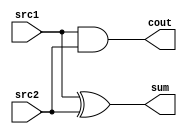
`timescale 1ns/1ps

module half_adder(
    src1,       //  1 bit source 1  (input)
    src2,       //  1 bit source 2  (input)
    sum,        //  1 bit sum       (output)
    cout        //  1 bit carry out (output)
);

input   src1;
input   src2;

output  sum;
output  cout;

reg     sum;
reg     cout;

always@( * ) begin
    sum  = src1 ^ src2;
    cout = src1 & src2;
end

endmodule